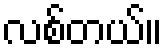
လစ်တယ်။